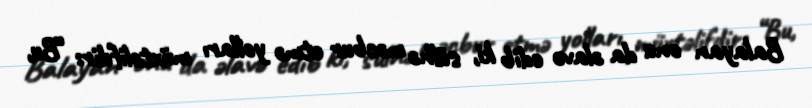
Balayan onu da əlavə edib ki, sülhə məcbur etmə yolları müxtəlifdir: “Bu,